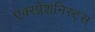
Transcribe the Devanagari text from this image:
एक्स्प्रेशनिस्ट्स